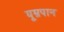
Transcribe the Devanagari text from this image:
घूम्रपान